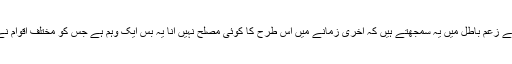
کچھ لوگ اپنے زعم باطل میں یہ سمجھتے ہیں کہ آخری زمانے میں اس طرح کا کوئی مصلح نہیں آنا یہ بس ایک وہم ہے جس کو مختلف اقوام نے اپنا لیا ہے۔